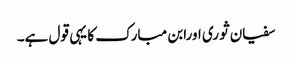
سفیان ثوری اورابن مبارک کا یہی قول ہے۔